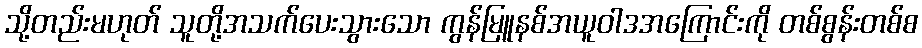
သို့တည်းမဟုတ် သူတို့အသက်ပေးသွားသော ကွန်မြူနစ်အယူဝါဒအကြောင်းကို တစ်စွန်းတစ်စ